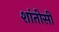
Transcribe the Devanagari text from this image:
शांतीसी